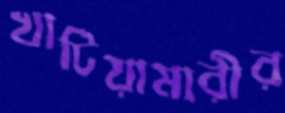
খাটিয়ামারীর